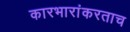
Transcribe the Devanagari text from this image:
कारभारांकरताच